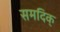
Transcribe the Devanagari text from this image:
समदिक्‌